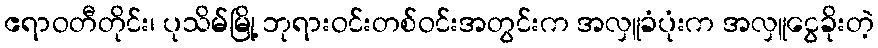
ဧရာဝတီတိုင်း၊ ပုသိမ်မြို့ ဘုရားဝင်းတစ်ဝင်းအတွင်းက အလှူခံပုံးက အလှူငွေခိုးတဲ့